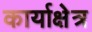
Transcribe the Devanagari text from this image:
कार्याक्षेत्र